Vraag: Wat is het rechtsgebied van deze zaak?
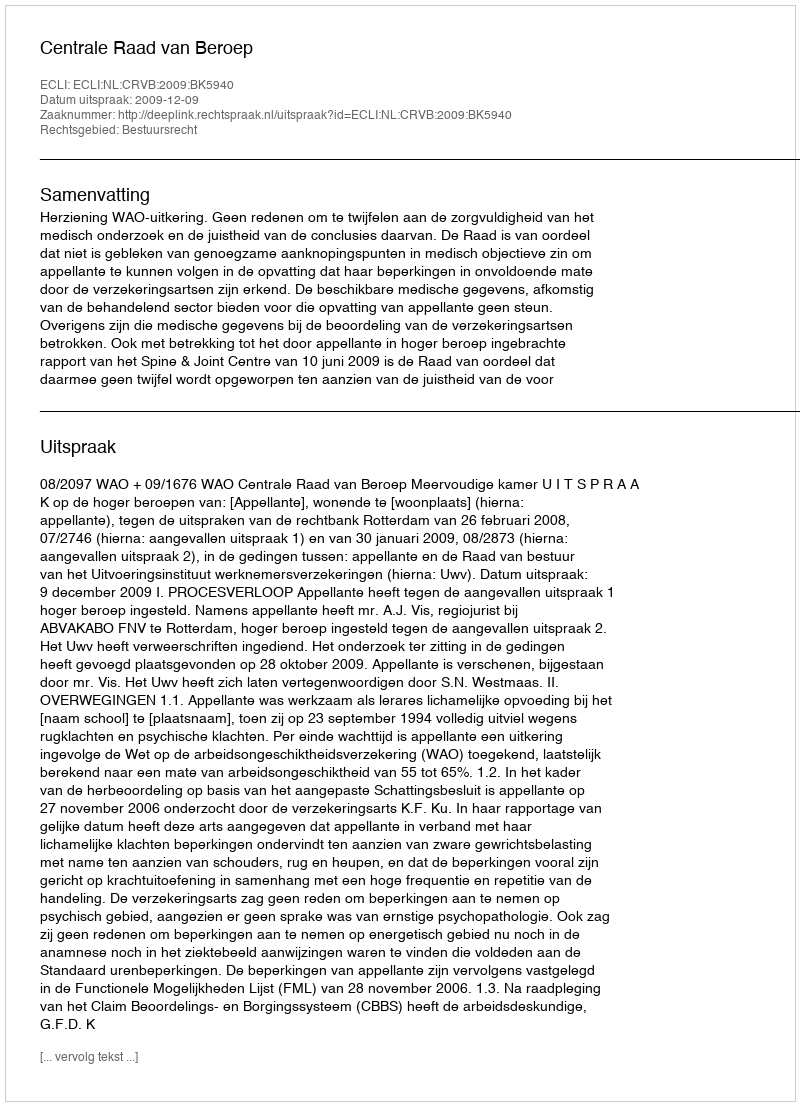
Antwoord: Bestuursrecht